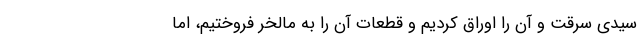
سیدی سرقت و آن را اوراق کردیم و قطعات آن را به مالخر فروختیم، اما